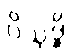
ဝိသုဒ္ဓိ